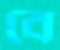
বে